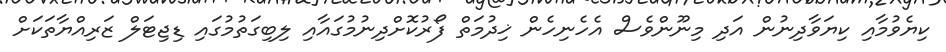
ކިޔެވުމާއި ކިޔަވާދިނުން އަދި މިނޫންވެސް އެހެނިހެން ޚިދުމަތް ފޯރުކޮށްދިނުމުގައާއި ލިބިގަތުމުގައި ޑިޖިޓަލް ޒަރިއްޔާތަކަށް